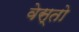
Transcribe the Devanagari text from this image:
वेस्तो